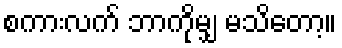
စကားလက် ဘာကိုမျှ မသိတော့။